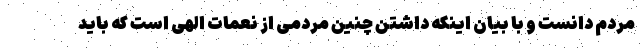
مردم دانست و با بیان اینکه داشتن چنین مردمی از نعمات الهی است که باید